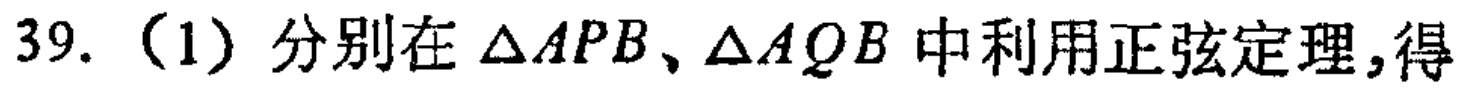
39.（1）分别在\(\triangle APB\)、\(\triangle AQB\)中利用正弦定理,得